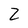
Character: Z